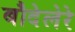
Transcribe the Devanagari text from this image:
बौदेलेरे